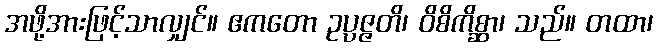
အဖို့အားဖြင့်သာလျှင်။ ဧကတော ဥပ္ပဇ္ဇတိ၊ ဝိစိကိစ္ဆာ၊ သည်။ တထာ၊